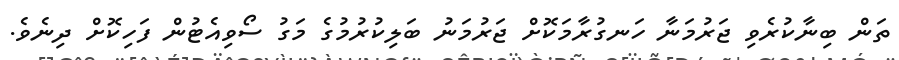
ތަން ބިނާކުރެވި ޖަރުމަނާ ހަނގުރާމަކޮށް ޖަރުމަނު ބަލިކުރުމުގެ މަގު ސޯވިއެޓުން ފަހިކޮށް ދިނެވެ.